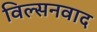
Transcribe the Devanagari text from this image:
विल्सनवाद